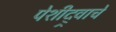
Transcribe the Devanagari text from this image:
पेशीद्र्वाचे